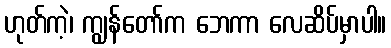
ဟုတ်ကဲ့၊ ကျွန်တော်က ဘေကာ လေဆိပ်မှာပါ။